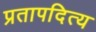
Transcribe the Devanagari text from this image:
प्रतापदित्य